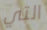
التي